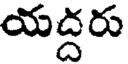
యద్దరు